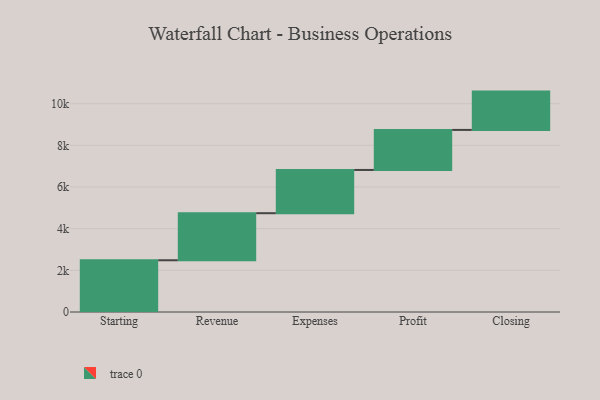
{"axis": {"x": "Step", "y": "Value"}, "legend": [""], "data": [{"x": "Starting", "y": 2484.0, "type": ""}, {"x": "Revenue", "y": 2259.0, "type": ""}, {"x": "Expenses", "y": 2076.0, "type": ""}, {"x": "Profit", "y": 1923.0, "type": ""}, {"x": "Closing", "y": 1839.0, "type": ""}]}